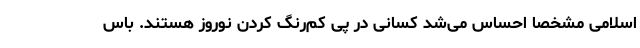
اسلامی مشخصا احساس می‌شد کسانی در پی کم‌رنگ کردن نوروز هستند. باس